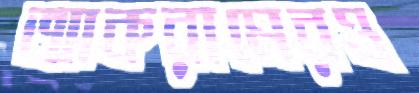
আকরামেরও